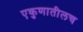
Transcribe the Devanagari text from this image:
एकुणातीलच